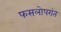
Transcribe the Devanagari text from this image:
फसलोपरांत